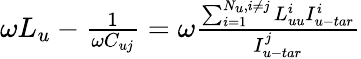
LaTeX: \begin{array}{r}{\omega{L_{u}}-\frac{1}{{\omega{C_{uj}}}}=\omega\frac{{\sum_{i=1}^{{N_{u}},i\ne j}{L_{uu}^{i}I_{u-tar}^{i}}}}{{I_{u-tar}^{j}}}}\end{array}